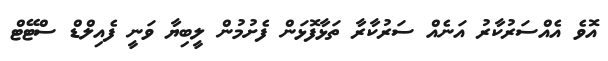
އޮވެ އެއްސަރުކާރު އަނެއް ސަރުކާރާ ތަޅާފޮޅަން ފެށުމުން ލީބިޔާ ވަނީ ފެއިލްޑް ސްޓޭޓް